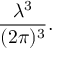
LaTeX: { \frac { \lambda ^ { 3 } } { ( 2 \pi ) ^ { 3 } } } .